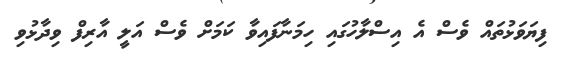
ފިޔަވަޅުތައް ވެސް އެ އިސްލާހުގައި ހިމަނާފައިވާ ކަމަށް ވެސް އަލީ އާރިފް ވިދާޅުވި